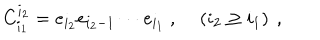
LaTeX: C _ { i _ { 1 } } ^ { i _ { 2 } } = e _ { i _ { 2 } } e _ { i _ { 2 } - 1 } \cdots e _ { i _ { 1 } } ~ , ~ \left( i _ { 2 } \geq i _ { 1 } \right) ~ ,